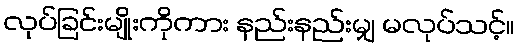
လုပ်ခြင်းမျိုးကိုကား နည်းနည်းမျှ မလုပ်သင့်။